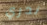
ندري